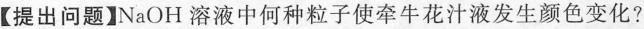
【提出问题】NaOH溶液中何种粒子使牵牛花汁液发生颜色变化?